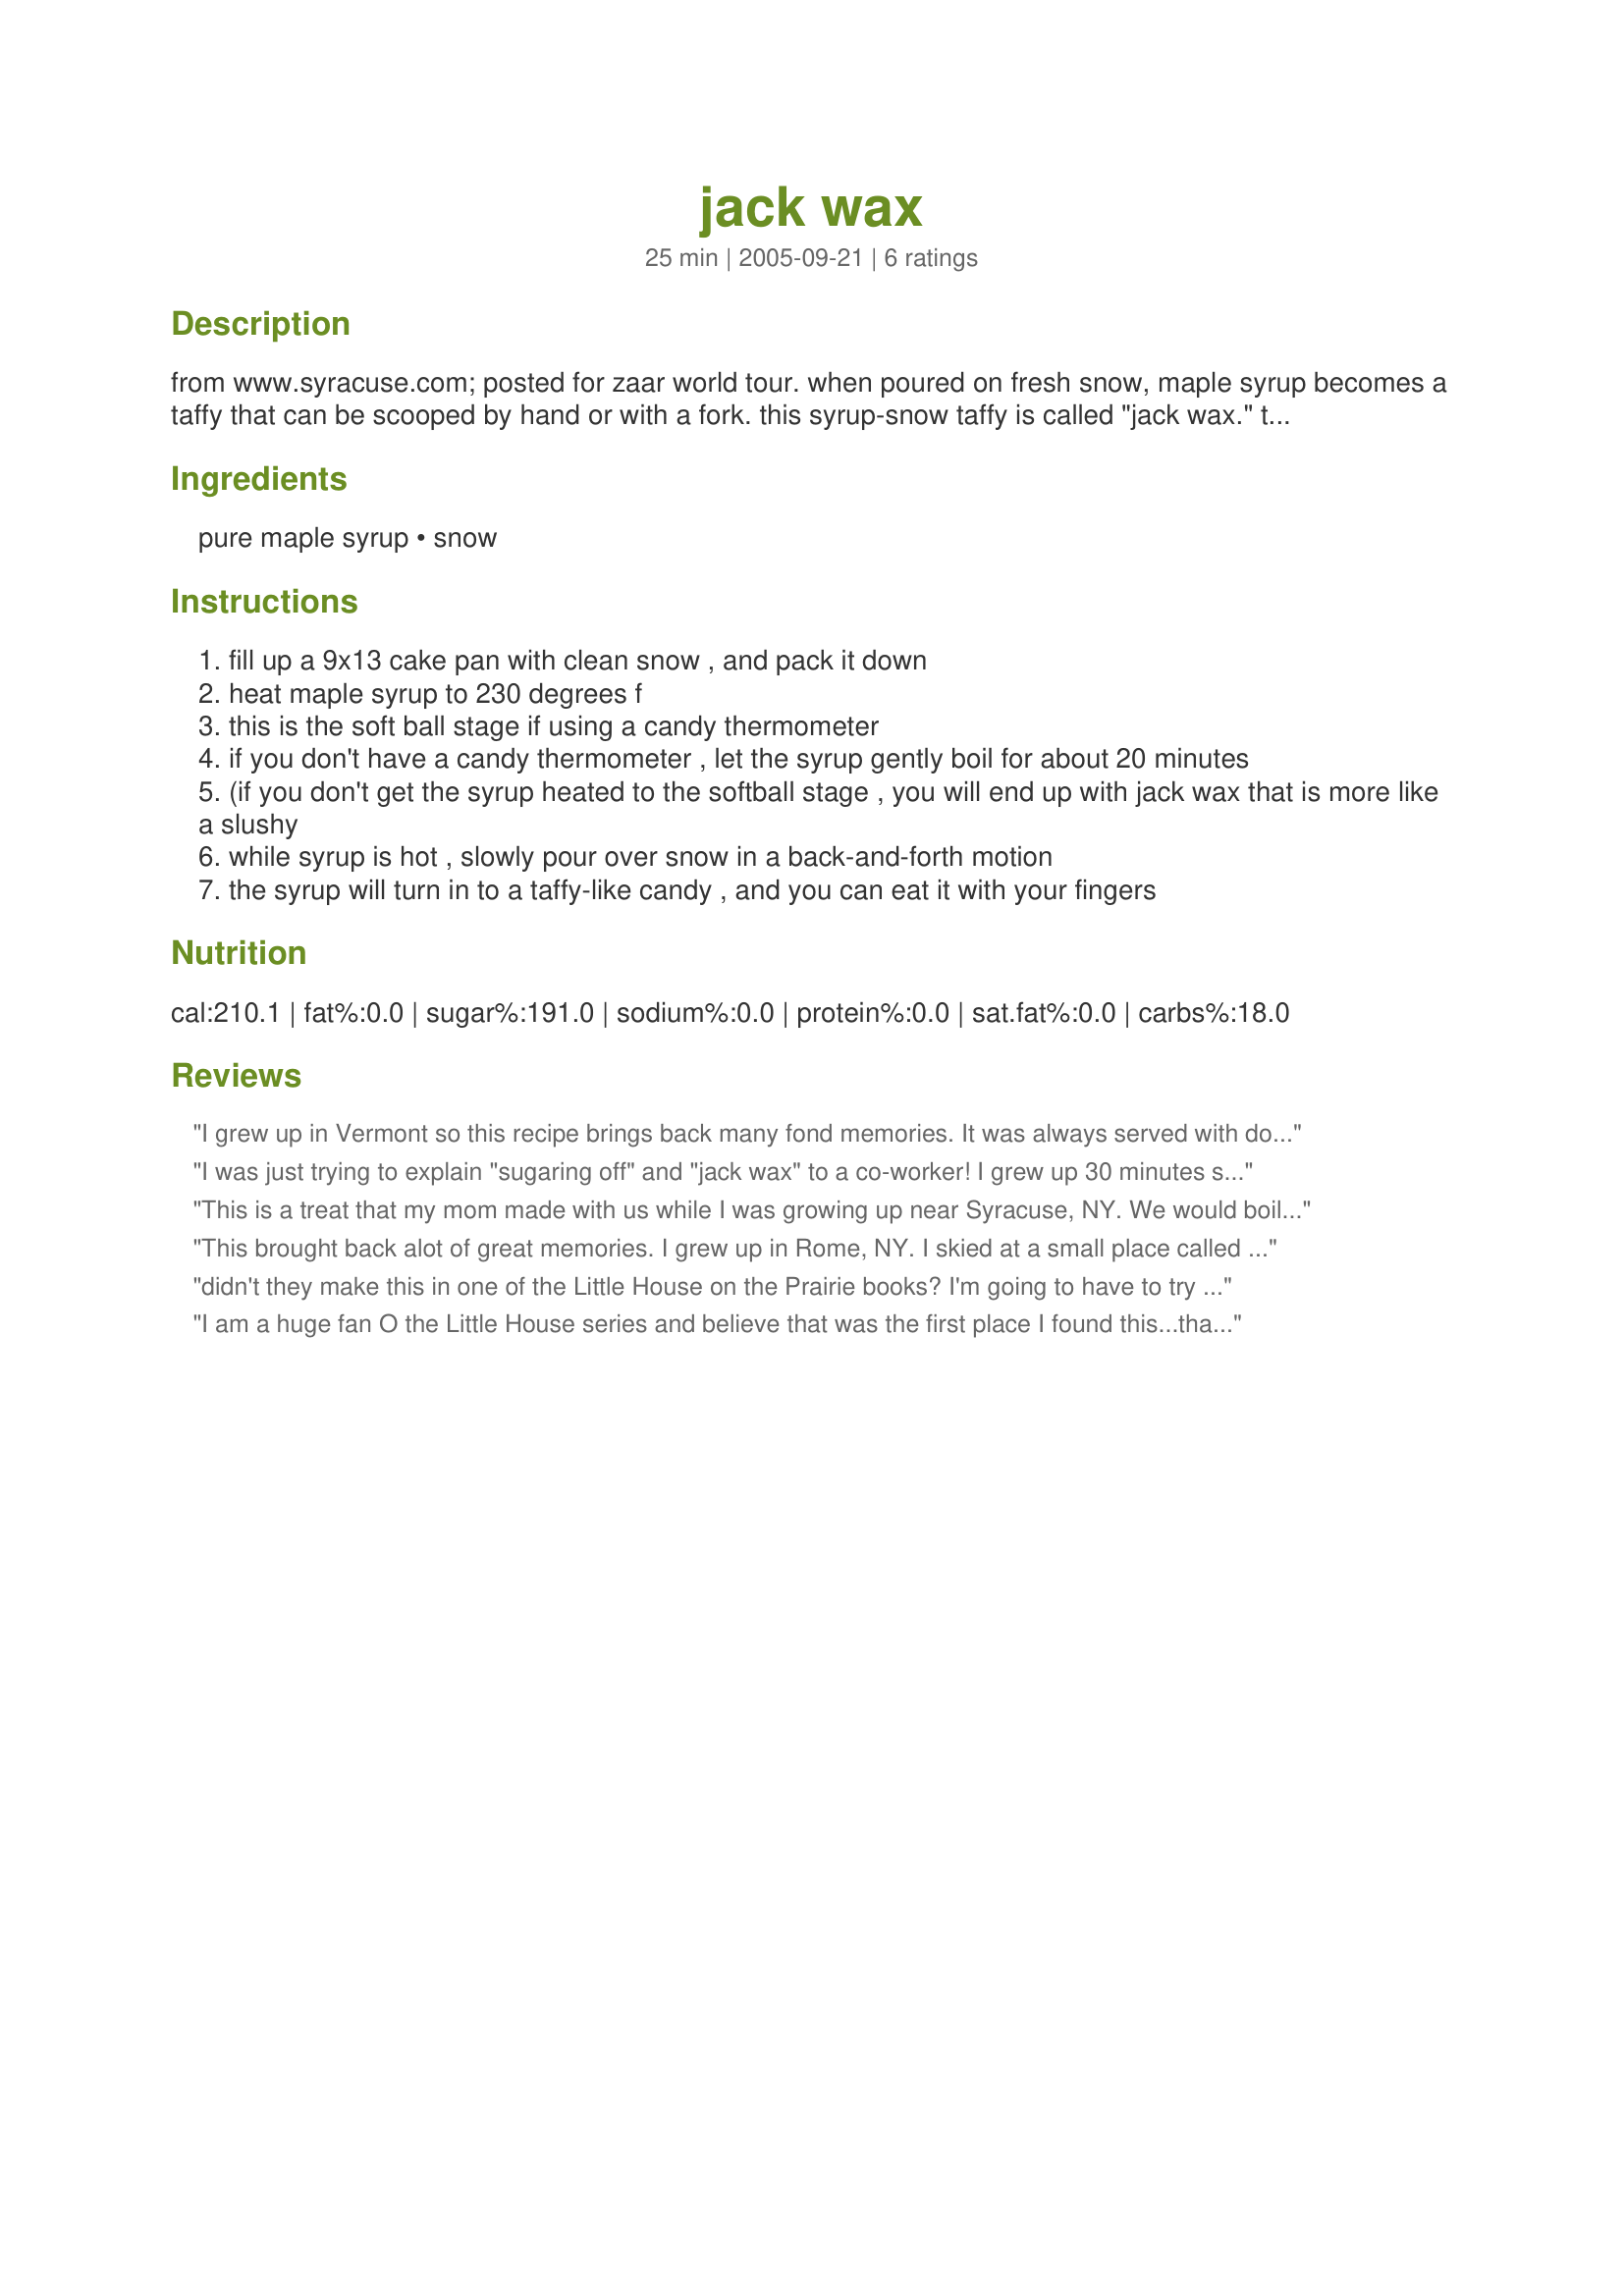
jack wax
Preparation time: 25 minutes

from www.syracuse.com; posted for zaar world tour. when poured on fresh snow, maple syrup becomes a taffy that can be scooped by hand or with a fork. this syrup-snow taffy is called "jack wax." traditionally, this treat was the feature of the "sugaring off" party held at the sugar house to celebrate the end of the syrup harvest. if it's not snowing in your community, use crushed ice. the above is taken from the web-site where i found the recipe (if it can be called that!)

Ingredients:
pure maple syrup, snow

Steps:
fill up a 9x13 cake pan with clean snow , and pack it down
heat maple syrup to 230 degrees f
this is the soft ball stage if using a candy thermometer
if you don't have a candy thermometer , let the syrup gently boil for about 20 minutes
(if you don't get the syrup heated to the softball stage , you will end up with jack wax that is more like a slushy
while syrup is hot , slowly pour over snow in a back-and-forth motion
the syrup will turn in to a taffy-like candy , and you can eat it with your fingers

Reviews:
I grew up in Vermont so this recipe brings back many fond memories. It was always served with donuts and cider. One word of caution though - make sure you dig deep for the snow and of course beware of yellow snow!
I was just trying to explain "sugaring off" and "jack wax" to a co-worker! I grew up 30 minutes south of Syracuse, NY and spent many snowy days making & eating jack wax with my grandparents...what great memories...ice skating on the frozen creek & ponds then bringing in the metal tub of fresh snow!! Thank you for bringing back such great memories. I am going home and getting out my maple syrup to share this with my kids!
This is a treat that my mom made with us while I was growing up near Syracuse, NY. We would boil the syrup and pour it on fresh snow. It uses two ingredients that you can always count on in that region - maple syrup and snow! I made this for my kids when it last snowed (with maple syrup my folks brought us from central new york) and they were thrilled! Thanks for bringing back great memories and creating new ones!
This brought back alot of great memories. I grew up in Rome, NY. I skied at a small place called Woods Valley near Rome. When I was in grade school, the owner of Woods Valley tapped the trees and made Jack Wax at the ski place. It was terrific. I made this for my family. They loved it. 

Update: Right now we are in the middle of a Noreaster storm. It is snowing like crazy. I just had to make this today. It was great!! We can't do too much today anyway. All the schools are closed.
didn't they make this in one of the Little House on the Prairie books? I'm going to have to try this--when I get out of the city this winter, anyhow.
I am a huge fan O the Little House series and believe that was the first place I found this...thank you Bunny mom for publishing it. My eleven yr old wants to make it now!!!
